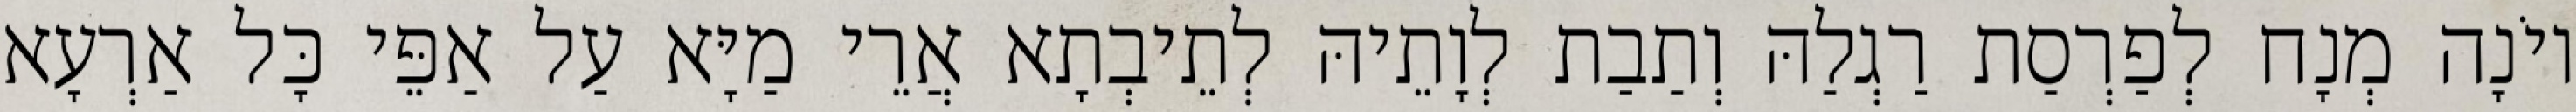
יוֹנָה מְנָח לְפַרְסַת רַגְלַהּ וְתַבַת לְוָתֵיהּ לְתֵיבְתָא אֲרֵי מַיָּא עַל אַפֵּי כָּל אַרְעָא